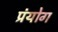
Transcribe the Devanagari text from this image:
प्रंयोग